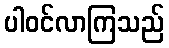
ပါဝင်လာကြသည်